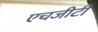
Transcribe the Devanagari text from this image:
एचजीटी